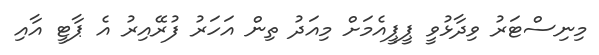
މިނިސްޓަރު ވިދާޅުވީ ޕީޕީއެމަށް މިއަދު ތިން އަހަރު ފުރޭއިރު އެ ޕާޓީ އާއި